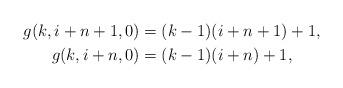
LaTeX: \begin{align*}g(k,i+n+1,0)&=(k-1)(i+n+1)+1,\\g(k,i+n,0)&=(k-1)(i+n)+1,\end{align*}